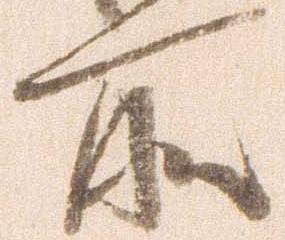
所